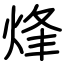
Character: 烽